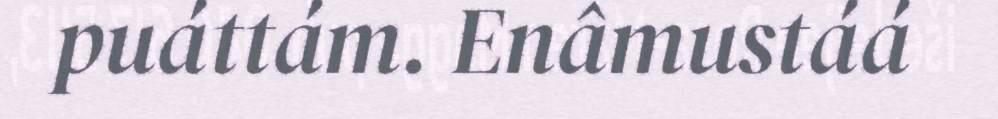
puáttám. Enâmustáá